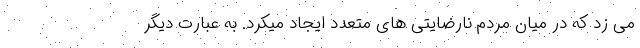
می زد که در میان مردم نارضایتی های متعدد ایجاد میکرد. به عبارت دیگر